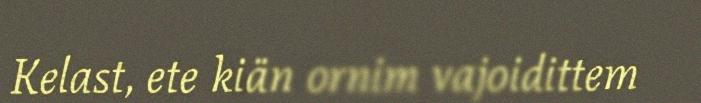
Kelast, ete kiän ornim vajoidittem